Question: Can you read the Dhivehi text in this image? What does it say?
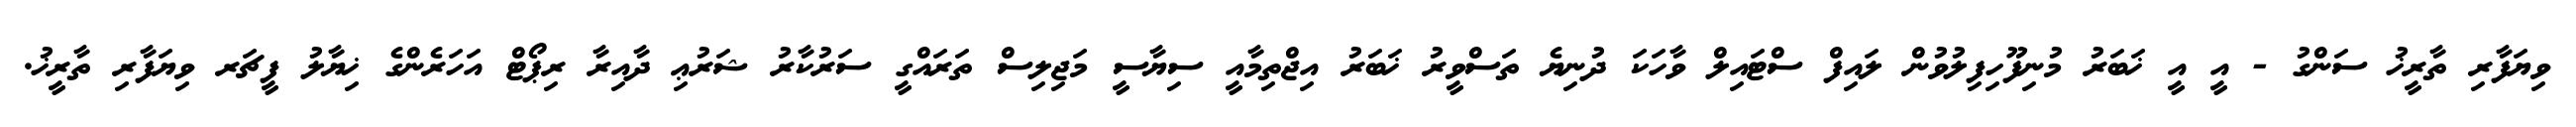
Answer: ވިޔަފާރި ތާރީޚު ސަންގު - އީ އީ ޚަބަރު މުނިފޫހިފިލުވުން ލައިފް ސްޓައިލް ވާހަކަ ދުނިޔެ ތަސްވީރު ޚަބަރު އިޖްތިމާއީ ސިޔާސީ މަޖިލިސް ތަރައްގީ ސަރުކާރު ޝަރުޢި ދާއިރާ ރިޕޯޓް އަހަރެންގެ ޚިޔާލު ފީޗަރ ވިޔަފާރި ތާރީޚު.